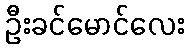
ဦးခင်မောင်လေး